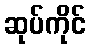
ဆုပ်ကိုင်